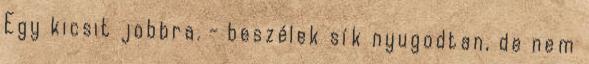
Egy kicsit jobbra. - beszélek sík nyugodtan, de nem